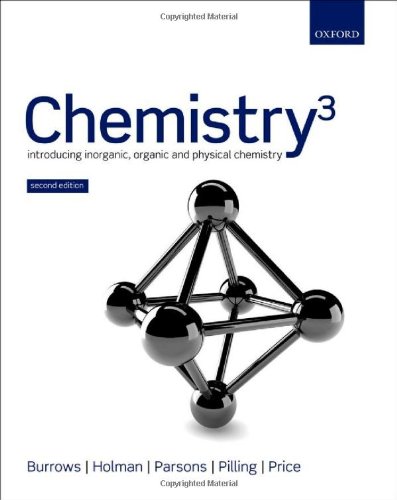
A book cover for ChemistryÂ³: Introducing Inorganic, Organic, and Physical Chemistry; Andrew Burrows; Science & Math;